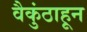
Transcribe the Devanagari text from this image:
वैकुंठाहून